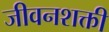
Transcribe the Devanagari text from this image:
जीवनशक्ती